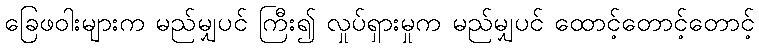
ခြေဖဝါးများက မည်မျှပင် ကြီး၍ လှုပ်ရှားမှုက မည်မျှပင် ထောင့်တောင့်တောင့်